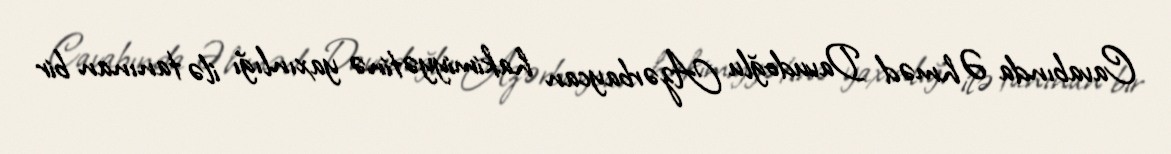
Cavabında Əhməd Davudoğlu Azərbaycan hakimiyyətinə yaxınlığı ilə tanınan bir